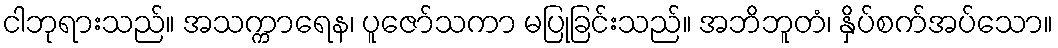
ငါဘုရားသည်။ အသက္ကာရေန၊ ပူဇော်သကာ မပြုခြင်းသည်။ အဘိဘူတံ၊ နှိပ်စက်အပ်သော။